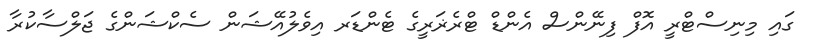
ގައި މިނިސްޓްރީ އޮފް ފިނޭންސް އެންޑް ޓްރެޜަރީގެ ޓެންޑަރ އިވެލުއޭޝަން ސެކްޝަންގެ ޖަލްސާކުރާ